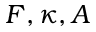
F , \kappa , A